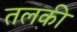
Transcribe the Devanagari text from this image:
तलकी